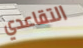
التقاعدي